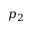
p _ { 2 }